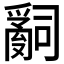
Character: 𤔲